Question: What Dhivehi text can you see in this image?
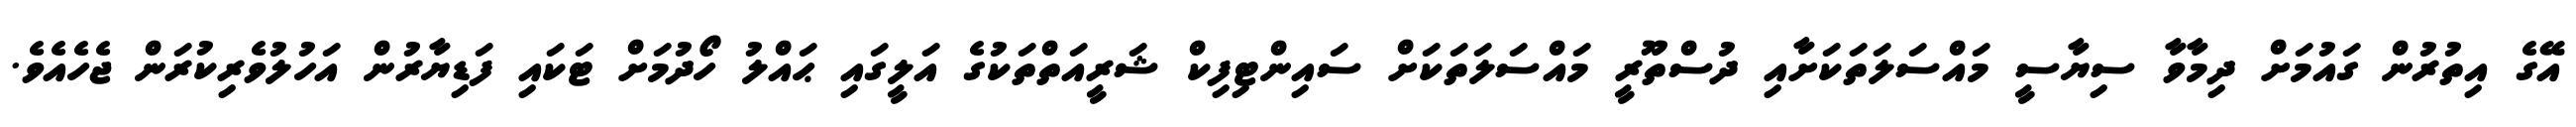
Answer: އޭގެ އިތުރުން ގައުމަށް ދިމާވާ ސިޔާސީ މައްސަލަތަކަށާއި ދުސްތޫރީ މައްސަލަތަކަށް ސައިންޓިފިކް ޝަރީއަތްތަކުގެ އަލީގައި ޙައްލު ހޯދުމަށް ޓަކައި ފަޑިޔާރުން އަހުލުވެރިކުރަން ޖެހެއެވެ.